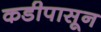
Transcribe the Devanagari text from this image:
कडीपासून